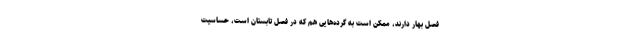
فصل بهار دارند، ممکن است به گرده‌هایی هم که در فصل تابستان است، حساسیت